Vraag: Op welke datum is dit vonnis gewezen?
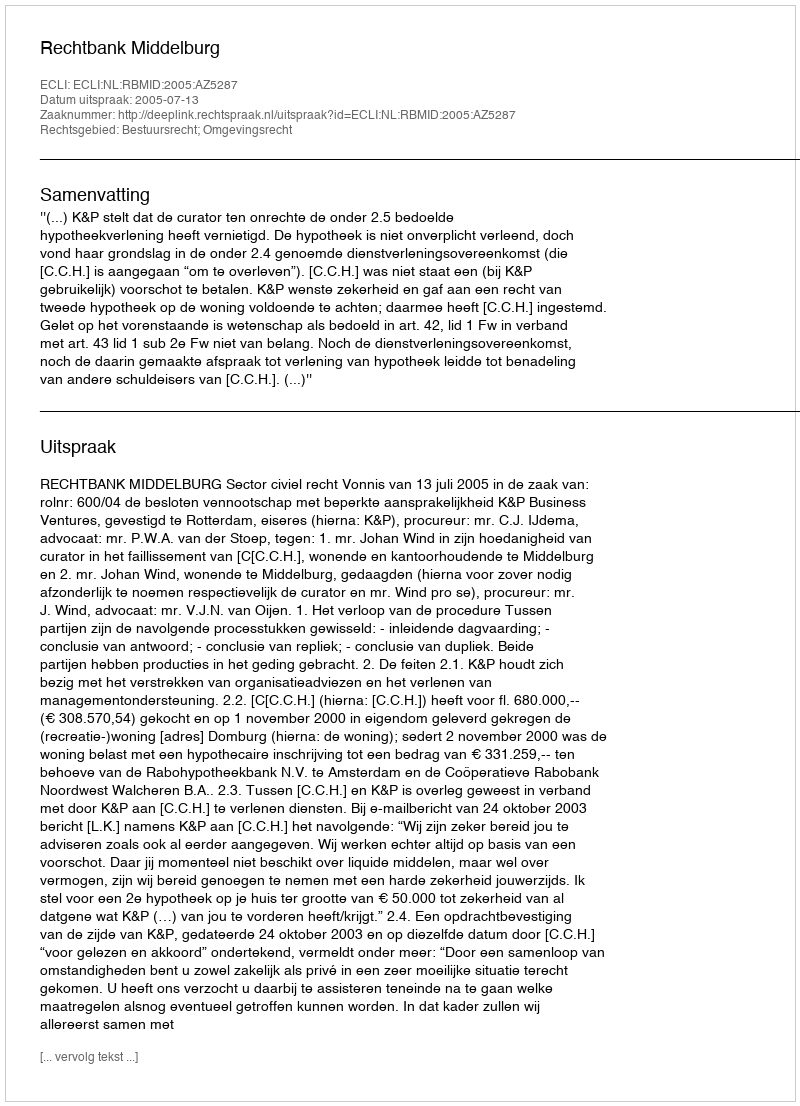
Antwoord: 2005-07-13